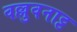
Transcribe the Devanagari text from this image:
वल्लुवनाट्ट